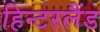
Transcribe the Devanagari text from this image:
हिन्टरलैंड